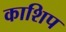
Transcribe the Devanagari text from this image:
काशिप